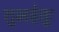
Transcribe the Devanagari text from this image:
शुभहेतुः